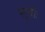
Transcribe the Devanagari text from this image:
सूचीः